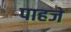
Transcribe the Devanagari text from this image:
पाहजे